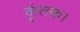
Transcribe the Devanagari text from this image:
कृंतक।